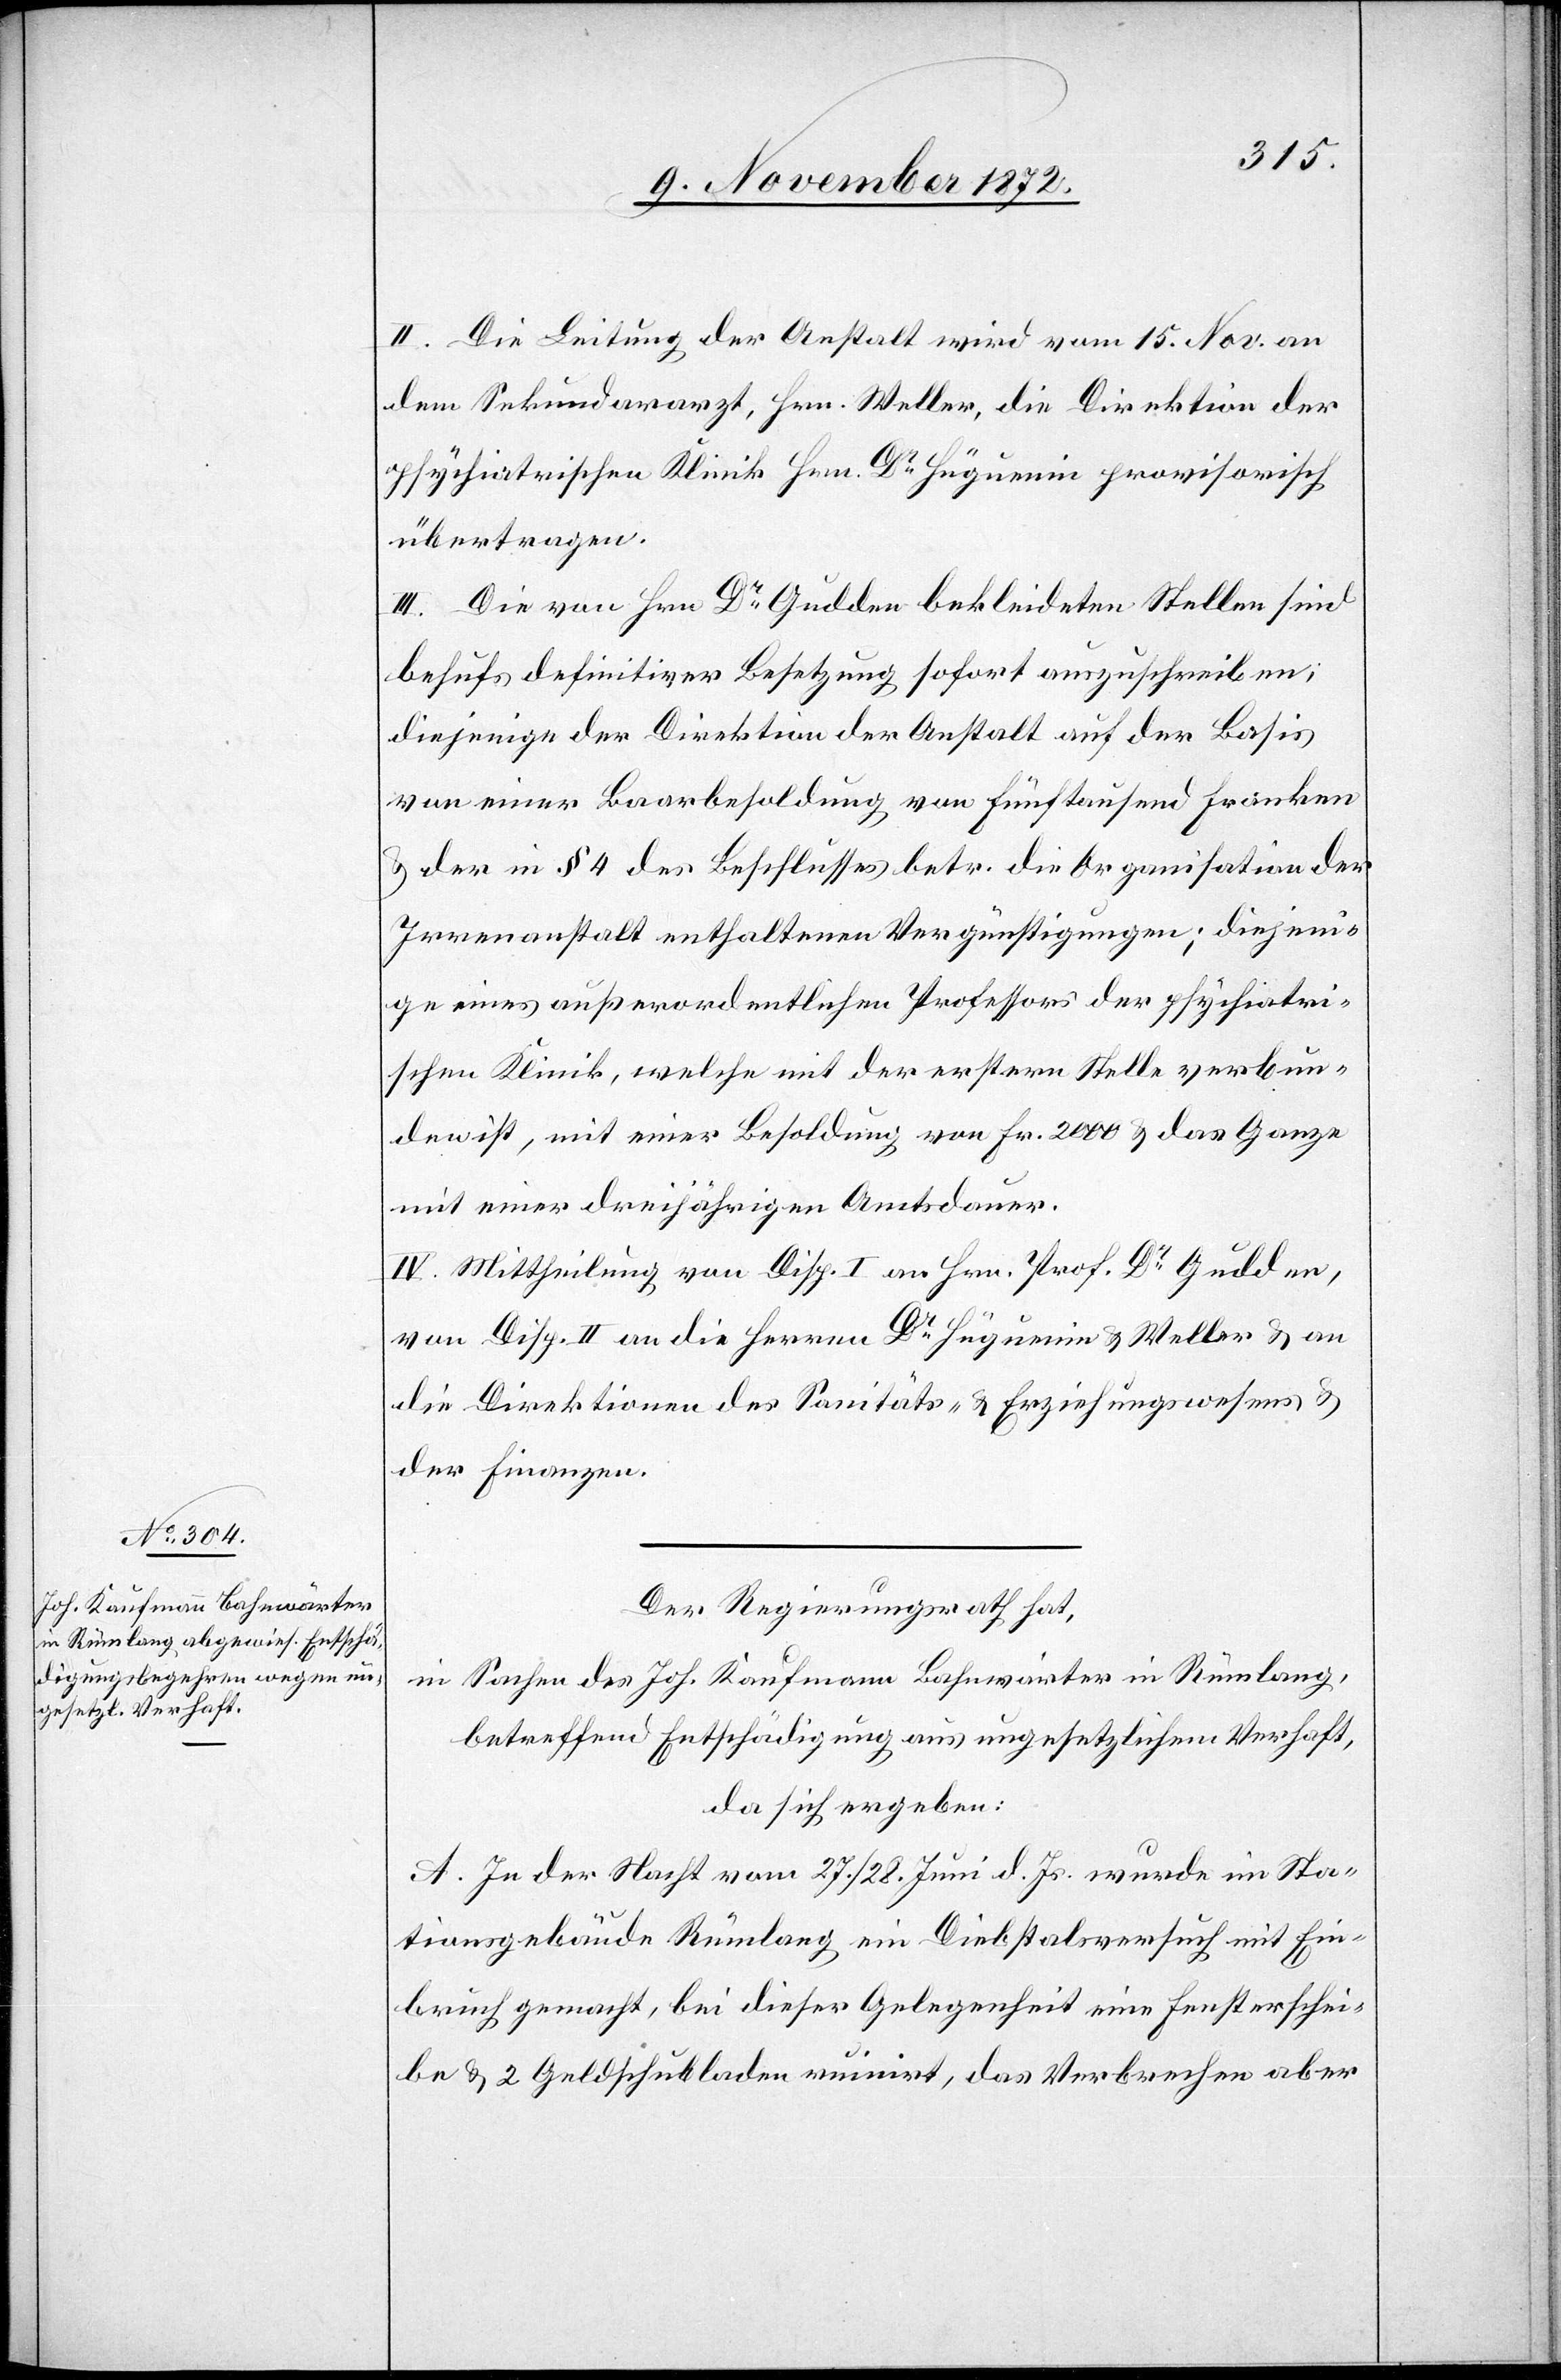
II. Die Leitung der Anstalt wird vom 15. Nov. an
dem Sekundararzt, Hrn. Weller, die Direktion der
psychiatrischen Klinik Hrn. Dr Hüguenin provisorisch
übertragen.
III. Die von Hrn. Dr Gudden bekleideten Stellen sind
behufs definitiver Besetzung sofort auszuschreiben;
diejenige der Direktion der Anstalt auf der Basis
von einer Baarbesoldung von fünftausend Franken
u. der in § 4 des Beschlusses betr. die Organisation der
Irrenanstalt enthaltenen Vergünstigungen; diejeni¬
ge eines außerordentlichen Professors der psychiatri¬
schen Klinik, welche mit der erstern Stelle verbun¬
den ist, mit einer Besoldung von Fr. 2000 u. das Ganze
mit einer dreijährigen Amtsdauer.
IV. Mittheilung von Disp. I an Hrn. Prof. Dr Gudden,
von Disp. II an die Herren Dr Hüguenin u. Weller u. an
die Direktionen des Sanitäts- u. Gefängnißwesens u.
der Finanzen.
Der Regierungsrath hat,
in Sachen des Joh. Kaufmann Bahnwärter in Rümlang,
betreffend Entschädigung aus ungesetzlichem Verhaft,
da sich ergeben:
A. In der Nacht vom 27./28. Juni d. Js. wurde im Sta¬
tionsgebäude Rümlang ein Diebstalsversuch mit Ein¬
bruch gemacht, bei dieser Gelegenheit eine Fensterschei¬
be u. 2 Geldschubladen ruinirt, das Verbrechen aber